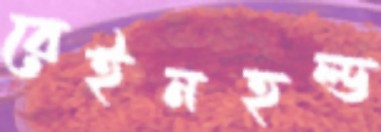
রেইনহল্ড